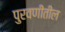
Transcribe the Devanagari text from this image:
पुरवणीतील